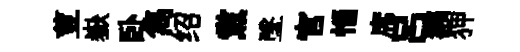
荳嶽卧雋绍黨墜官惱席吕獺狎